Epidemic dropsy in Calcutta - Number 49
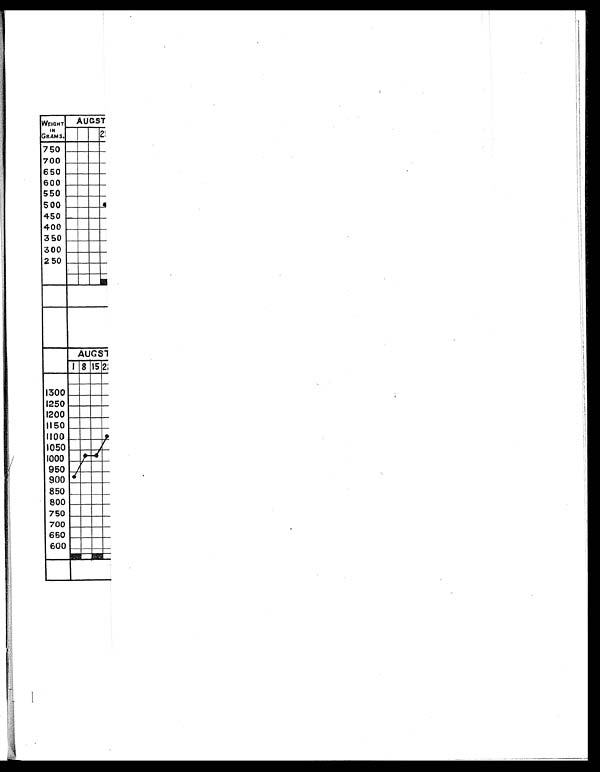
WEIGHT
IN
GRAMS.
AUGST AUGST